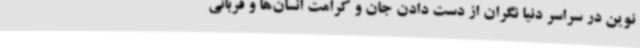
نوین در سراسر دنیا نگران از دست دادن جان و کرامت انسان‌ها و قربانی